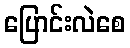
ပြောင်းလဲစေ